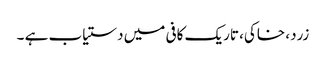
زرد، خاکی، تاریک کافی میں دستیاب ہے ۔